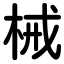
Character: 械